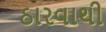
ઠારવાથી